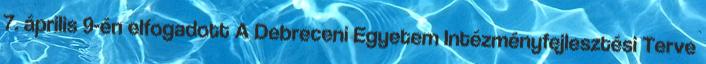
7. április 9-én elfogadott A Debreceni Egyetem Intézményfejlesztési Terve